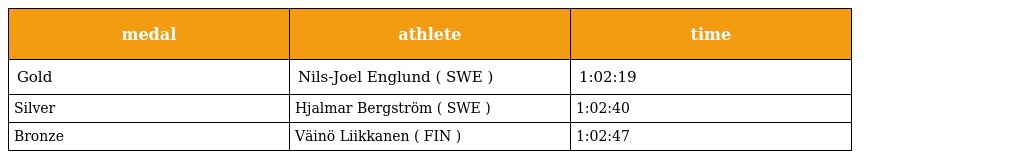
| medal | athlete | time |
 | --- | --- | --- |
 | Gold | Nils-Joel Englund ( SWE ) | 1:02:19 |
 | Silver | Hjalmar Bergström ( SWE ) | 1:02:40 |
 | Bronze | Väinö Liikkanen ( FIN ) | 1:02:47 |